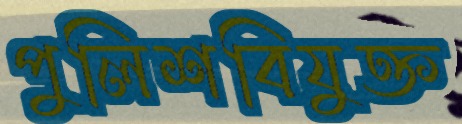
পুলিশবিযুক্ত